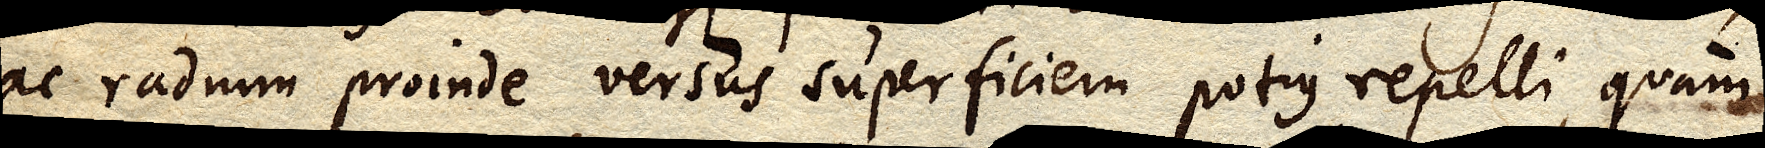
ac radium proinde versus superficiem potius repelli, quam